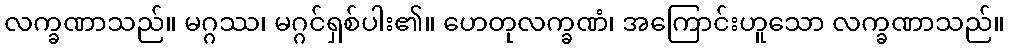
လက္ခဏာသည်။ မဂ္ဂဿ၊ မဂ္ဂင်ရှစ်ပါး၏။ ဟေတုလက္ခဏံ၊ အကြောင်းဟူသော လက္ခဏာသည်။